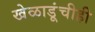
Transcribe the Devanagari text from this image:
खेळाडूंचीही